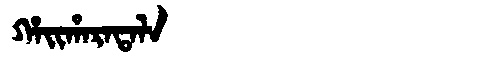
Manchu: ᡥᠠᡳᡥᠠᡵᠠᡨᠠᠯᠠ
Romanization: HAIHARATALA